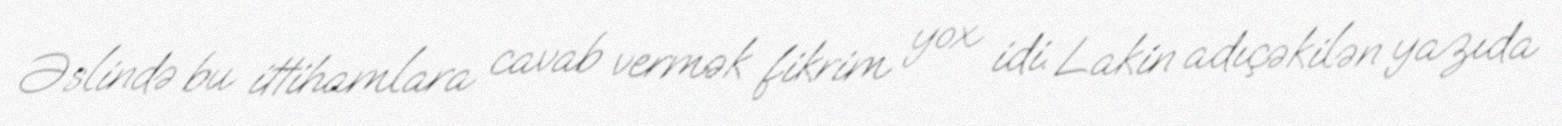
Əslində bu ittihamlara cavab vermək fikrim yox idi. Lakin adıçəkilən yazıda